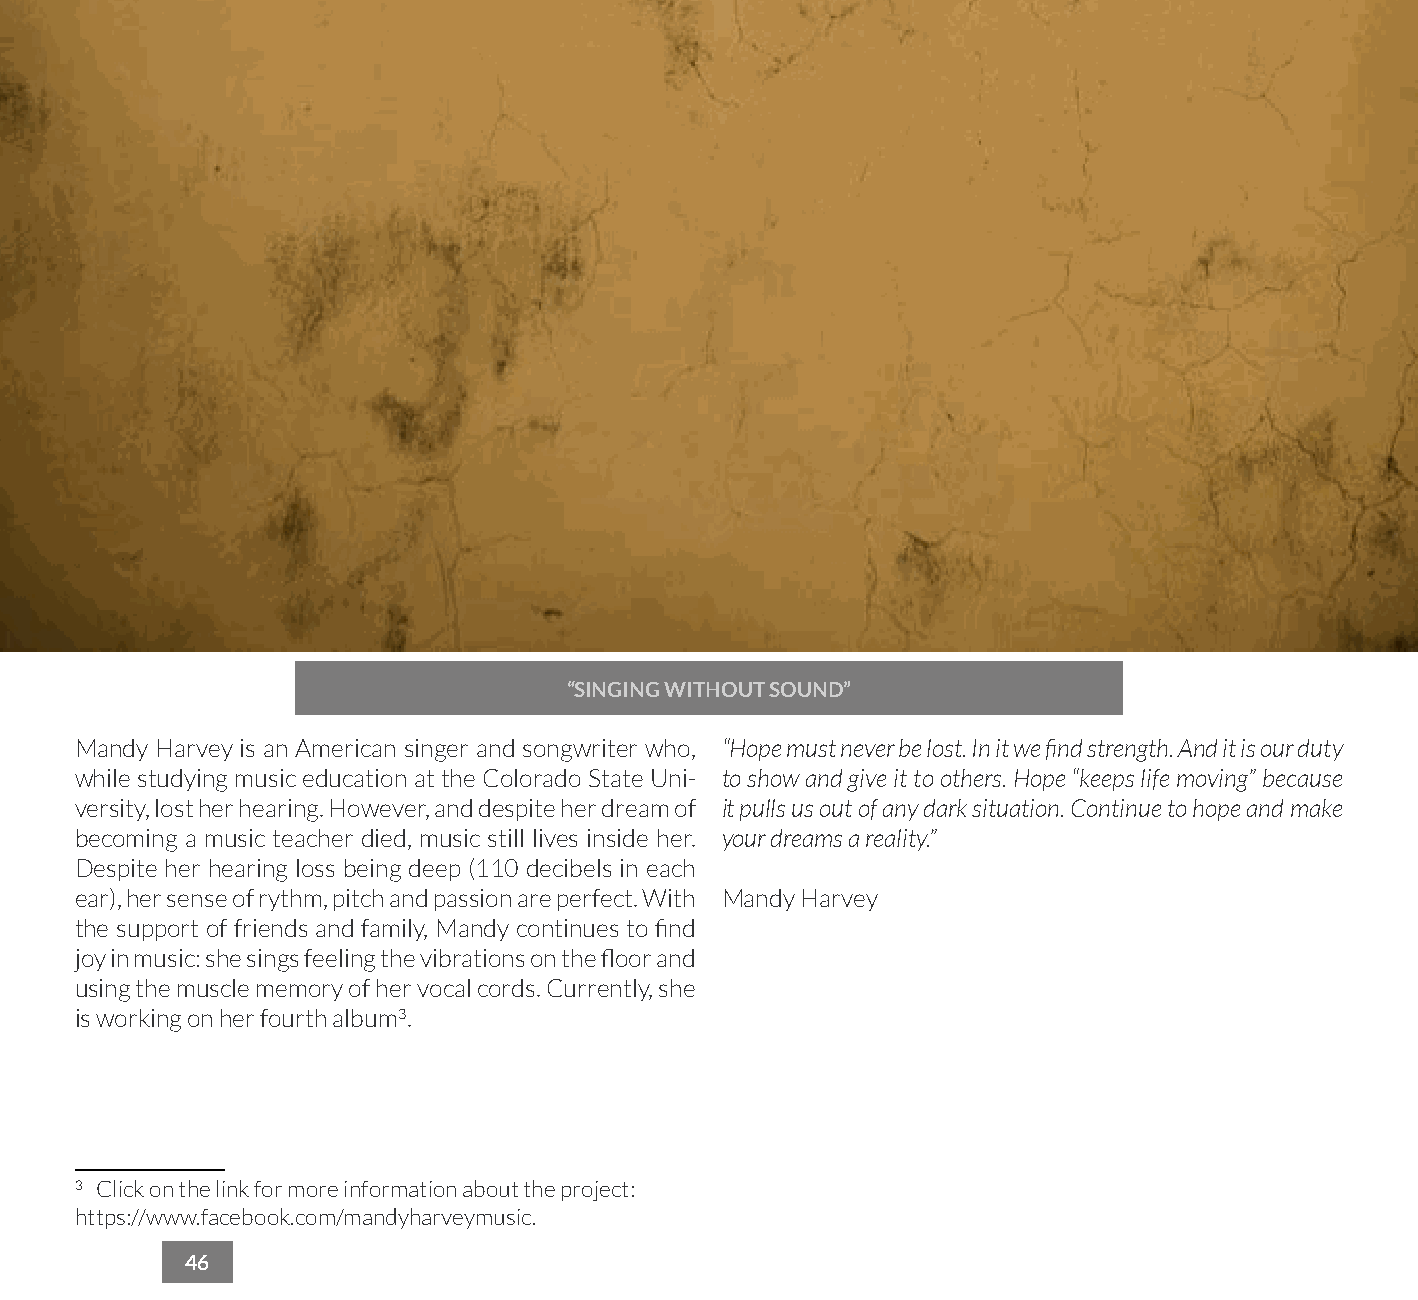
“SINGING WITHOUT SOUND”
 Mandy Harvey is an American singer and songwriter who, “Hope must never be lost. In it we find strength. And it is our duty
 while studying music education at the Colorado State Uni- to show and give it to others. Hope “keeps life moving” because
 versity, lost her hearing. However, and despite her dream of it pulls us out of any dark situation. Continue to hope and make
 becoming a music teacher died, music still lives inside her. your dreams a reality.”
 Despite her hearing loss being deep (110 decibels in each
 ear), her sense of rythm, pitch and passion are perfect. With Mandy Harvey
 the support of friends and family, Mandy continues to find
 joy in music: she sings feeling the vibrations on the floor and
 using the muscle memory of her vocal cords. Currently, she
 is working on her fourth album3.
 3 Click on the link for more information about the project:
 https://www.facebook.com/mandyharveymusic.
 46